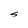
Character: S